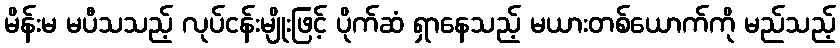
မိန်းမ မပီသသည့် လုပ်ငန်းမျိုးဖြင့် ပိုက်ဆံ ရှာနေသည့် မယားတစ်ယောက်ကို မည်သည့်